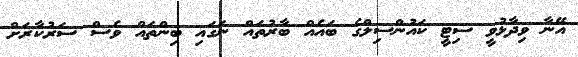
އޭނާ ވިދާޅުވީ ސިޓީ ކައުންސިލްގެ ބައެއް ބާރުތައް ނަގައި ބިންތައް ވެސް ސަރުކާރަށް